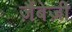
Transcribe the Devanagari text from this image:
ज़ैंबेज़ी